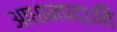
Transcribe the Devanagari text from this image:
आधानपद्धति